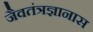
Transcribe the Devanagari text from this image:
जैवतंत्रज्ञानास